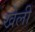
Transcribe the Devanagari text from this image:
खेलीं